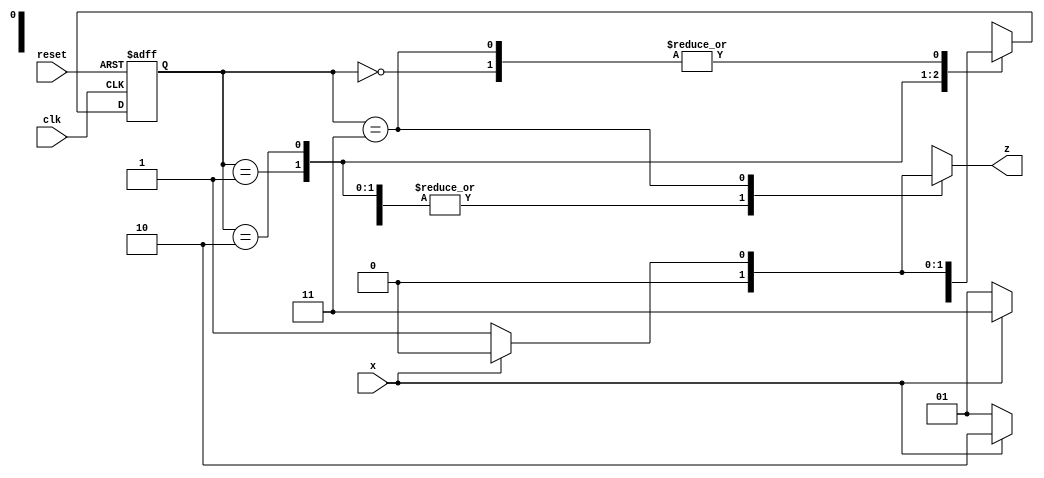
// Sequence Detector (0110 and overlapping occurrences of the pattern)

module SD(x,clk,reset,z);

    input x,clk,reset;
    output reg z;
    parameter S0 = 0, S1 = 1, S2 = 2, S3 = 3;
    reg [1:0]PS, NS;

    always @(posedge clk or posedge reset) 
        if(reset) PS <=S0;
        else PS <= NS;
    
    always @(PS,x)
        case(PS)
        S0: begin
                z=x?0:0;
                NS=x?S0:S1;
            end

        S1: begin
                z=x?0:0;
                NS=x?S2:S1;
            end

        S2: begin
                z=x?0:0;
                NS=x?S3:S1;
            end

        S3: begin
                z=x?0:1;
                NS=x?S0:S1;
            end
        endcase
endmodule